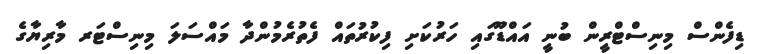
ޑިފެންސް މިނިސްޓްރީން ބުނީ އައްޑޫގައި ހަރުކަށި ފިކުރުތައް ފެތުރެމުންދާ މައްސަލަ މިނިސްޓަރ މާރިޔާގެ